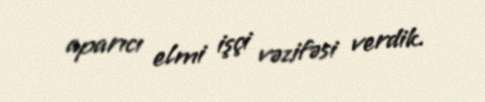
aparıcı elmi işçi vəzifəsi verdik.